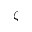
\zeta